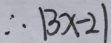
\therefore \vert 3 x - 2 \vert